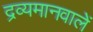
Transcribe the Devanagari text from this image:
द्रव्यमानवालें